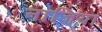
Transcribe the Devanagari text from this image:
नाजिया